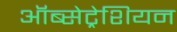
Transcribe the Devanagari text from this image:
ऑब्सेट्रेशियन